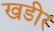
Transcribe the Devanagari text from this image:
खडीर